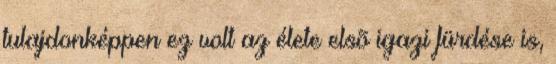
tulajdonképpen ez volt az élete elsõ igazi fürdése is,